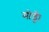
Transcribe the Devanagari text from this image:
मोडूँ।